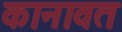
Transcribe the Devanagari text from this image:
कानावत